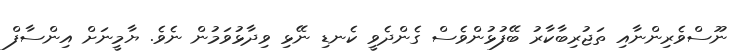
ނޫސްވެރިންނާއި ތަޖުރިބާކާރު ބޭފުޅުންވެސް ގެންދެވީ ކެނޑި ނޭޅި ވިދާޅުވަމުން ނެވެ. ޔާމީނަށް އިންސާފް